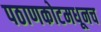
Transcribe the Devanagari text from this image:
पठाणकोटमधूनच